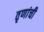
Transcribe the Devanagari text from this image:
तृणांची